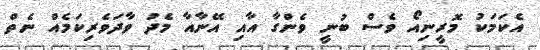
އެކަމަކު މޮރީނިއޯ ވެސް ބުނީ ވެންގާ އާއި އޭނާއާ މެދު ވާދަވެރިކަމެއް ނެތް